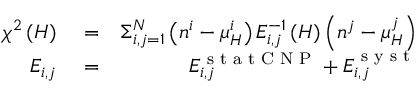
\begin{array} { r l r } { \chi ^ { 2 } \left( H \right) } & { { } = } & { \Sigma _ { i , j = 1 } ^ { N } \left( n ^ { i } - \mu _ { H } ^ { i } \right) E _ { i , j } ^ { - 1 } \left( H \right) \left( n ^ { j } - \mu _ { H } ^ { j } \right) } \\ { E _ { i , j } } & { { } = } & { E _ { i , j } ^ { \textrm { s t a t C N P } } + E _ { i , j } ^ { \textrm { s y s t } } } \end{array}